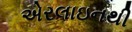
એરલાઇનથી